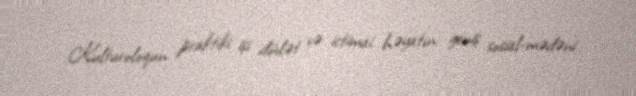
Kulturoloqun praktiki işi dövlət və ictimai həyatın geniş sosial-mədəni